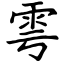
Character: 雩